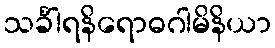
သင်္ခါရနိရောဓဂါမိနိယာ